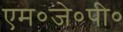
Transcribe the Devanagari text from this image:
एम०जे०पी०